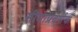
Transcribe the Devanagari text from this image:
सीमाप्रदर्शक